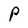
Character: P